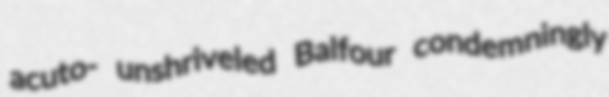
acuto- unshriveled Balfour condemningly